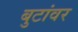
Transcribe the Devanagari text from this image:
बुटांवर